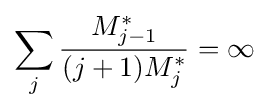
\sum _{j}{\frac {M_{j-1}^{*}}{(j+1)M_{j}^{*}}}=\infty